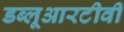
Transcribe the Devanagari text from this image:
डब्लूआरटीवी